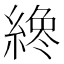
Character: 𦂯